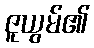
ဇူယွမ်၏